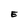
Character: E